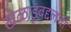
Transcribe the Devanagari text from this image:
खेळाडूंबद्दलची